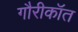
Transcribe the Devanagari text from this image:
गौरीकॉत